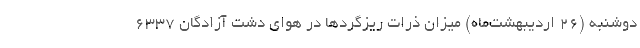
دوشنبه (۲۶ اردیبهشت‌ماه) میزان ذرات ریزگردها در هوای دشت آزادگان ۶۳۳۷